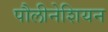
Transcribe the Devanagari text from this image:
पौलीनेशियन